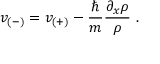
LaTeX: v _ { ( - ) } = v _ { ( + ) } - \frac { \hbar } { m } \frac { \partial _ { x } \rho } { \rho } \, \, .